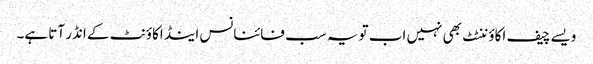
ویسے چیف اکاؤننٹٹ بھی نہیں اب تو یہ سب فائنانس اینڈ اکاؤنٹ کے انڈر آتا ہے۔